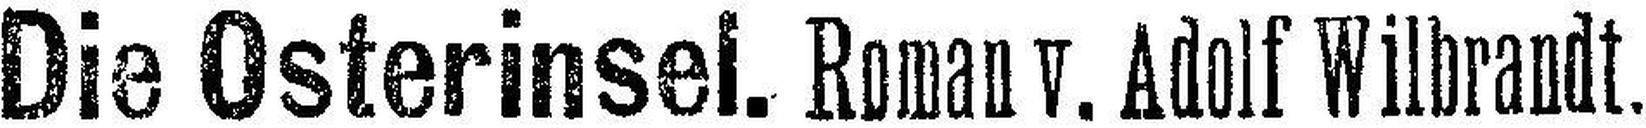
Die Osterinsel. Roman v. Adolf Wilbrandt.